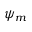
\psi _ { m }